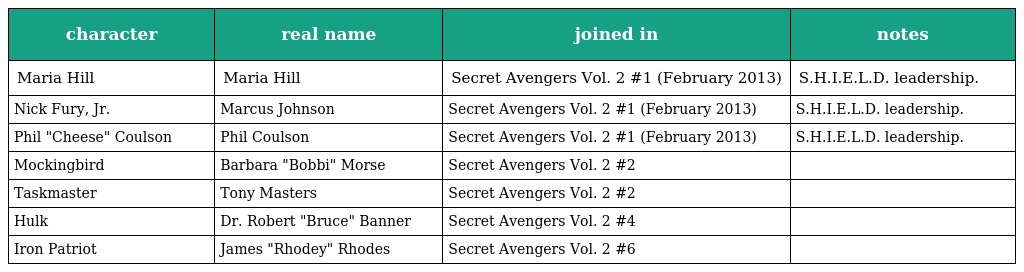
| character | real name | joined in | notes |
 | --- | --- | --- | --- |
 | Maria Hill | Maria Hill | Secret Avengers Vol. 2 #1 (February 2013) | S.H.I.E.L.D. leadership. |
 | Nick Fury, Jr. | Marcus Johnson | Secret Avengers Vol. 2 #1 (February 2013) | S.H.I.E.L.D. leadership. |
 | Phil "Cheese" Coulson | Phil Coulson | Secret Avengers Vol. 2 #1 (February 2013) | S.H.I.E.L.D. leadership. |
 | Mockingbird | Barbara "Bobbi" Morse | Secret Avengers Vol. 2 #2 |  |
 | Taskmaster | Tony Masters | Secret Avengers Vol. 2 #2 |  |
 | Hulk | Dr. Robert "Bruce" Banner | Secret Avengers Vol. 2 #4 |  |
 | Iron Patriot | James "Rhodey" Rhodes | Secret Avengers Vol. 2 #6 |  |